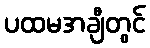
ပထမအချီတွင်